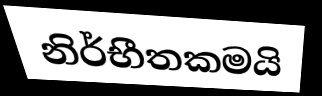
නිර්භීතකමයි